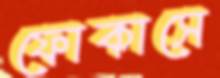
ফোকাসে